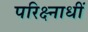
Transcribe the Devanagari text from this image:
परिक्ष्नाधीं